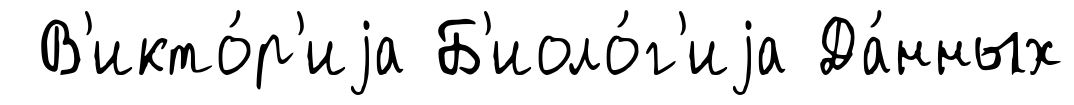
В'икто́р'иjа Б'иоло́г'иjа Да́нных